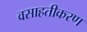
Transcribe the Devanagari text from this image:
वसाहतीकरण